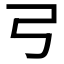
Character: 𢎗